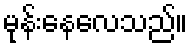
မုန်းနေလေသည်။